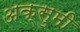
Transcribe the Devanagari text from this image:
अक्सुमी